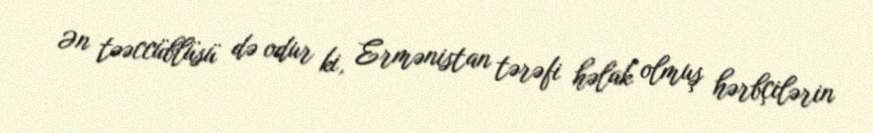
Ən təəccüblüsü də odur ki, Ermənistan tərəfi həlak olmuş hərbçilərin